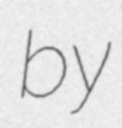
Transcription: by